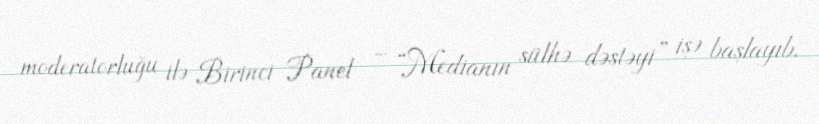
moderatorluğu ilə Birinci Panel – “Medianın sülhə dəstəyi” işə başlayıb.